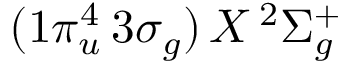
( 1 \pi _ { u } ^ { 4 } \, 3 \sigma _ { g } ) \, X \, ^ { 2 } \Sigma _ { g } ^ { + }